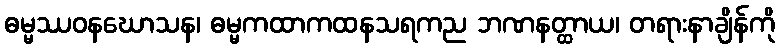
ဓမ္မဿဝနဃောသန၊ ဓမ္မကထာကထနသရကည ဘဏနတ္ထာယ၊ တရားနာချိန်ကို